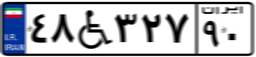
۴۸W۳۲۷۹۰